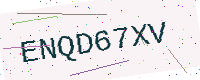
Text: ENQD67XV